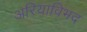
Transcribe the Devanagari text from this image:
अरियाविभद